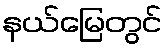
နယ်မြေတွင်